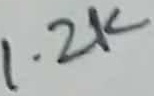
Text: 1.2K